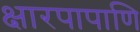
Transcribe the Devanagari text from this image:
क्षारपापाणि